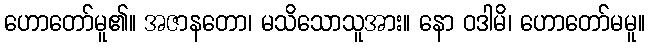
ဟောတော်မူ၏။ အဇာနတော၊ မသိသောသူအား။ နော ဝဒါမိ၊ ဟောတော်မမူ။